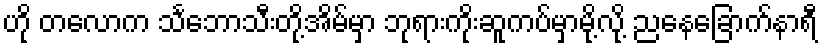
ဟို တလောက သင်္ဘောသီးတို့အိမ်မှာ ဘုရားကိုးဆူကပ်မှာမို့လို့ ညနေခြောက်နာရီ